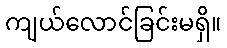
ကျယ်လောင်ခြင်းမရှိ။